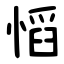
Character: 慆